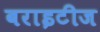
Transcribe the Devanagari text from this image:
बराइटीज